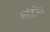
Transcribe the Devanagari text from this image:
अएडिनिन